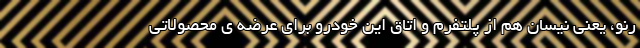
رنو، یعنی نیسان هم از پلتفرم و اتاق این خودرو برای عرضه ی محصولاتی